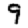
Digit: 9